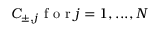
C _ { \pm , j } \mathrm { ~ f ~ o ~ r ~ } j = 1 , . . . , N